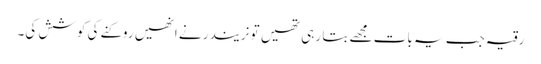
رقیہ جب یہ بات مجھے بتا رہی تھیں تو نریندر نے انھیں روکنے کی کوشش کی۔